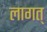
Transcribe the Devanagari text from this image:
लागत्